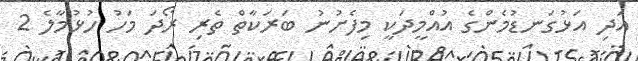
އަދި އަޅުގަނޑުމެންގެ އުއްމީދަކީ މިފެށުނު ބަރަކާތް ތެރި ރޯދަ މަހު ހުޅުމާލެ 2